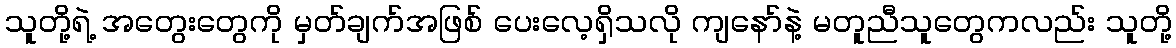
သူတို့ရဲ့ အတွေးတွေကို မှတ်ချက်အဖြစ် ပေးလေ့ရှိသလို ကျနော်နဲ့ မတူညီသူတွေကလည်း သူတို့